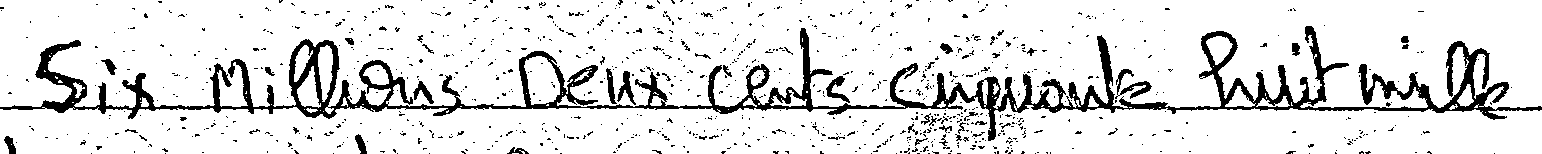
Six millions Deux cents cinquante huit mille